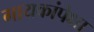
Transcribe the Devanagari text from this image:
गायकांपेक्षा